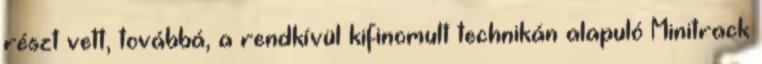
részt vett, továbbá, a rendkívül kifinomult technikán alapuló Minitrack